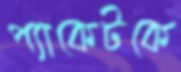
প্যাকেটকে